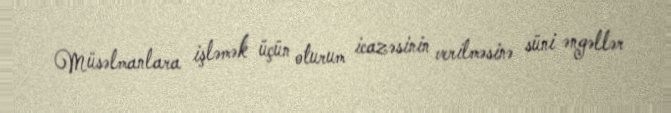
Müsəlmanlara işləmək üçün oturum icazəsinin verilməsinə süni əngəllər